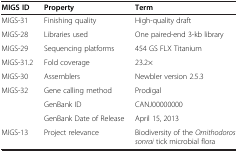
<table><thead><tr><td><b>MIGS ID</b></td><td><b>Property</b></td><td><b>Term</b></td></tr></thead><tbody><tr><td>MIGS-31</td><td>Finishing quality</td><td>High-quality draft</td></tr><tr><td>MIGS-28</td><td>Libraries used</td><td>One paired-end 3-kb library</td></tr><tr><td>MIGS-29</td><td>Sequencing platforms</td><td>454 GS FLX Titanium</td></tr><tr><td>MIGS-31.2</td><td>Fold coverage</td><td>23.2×</td></tr><tr><td>MIGS-30</td><td>Assemblers</td><td>Newbler version 2.5.3</td></tr><tr><td>MIGS-32</td><td>Gene calling method</td><td>Prodigal</td></tr><tr><td> </td><td>GenBank ID</td><td>CANJ00000000</td></tr><tr><td> </td><td>GenBank Date of Release</td><td>April 15, 2013</td></tr><tr><td>MIGS-13</td><td>Project relevance</td><td>Biodiversity of the <i>Ornithodoros sonrai</i> tick microbial flora</td></tr></tbody></table>